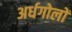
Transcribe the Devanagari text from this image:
अर्धगोलों